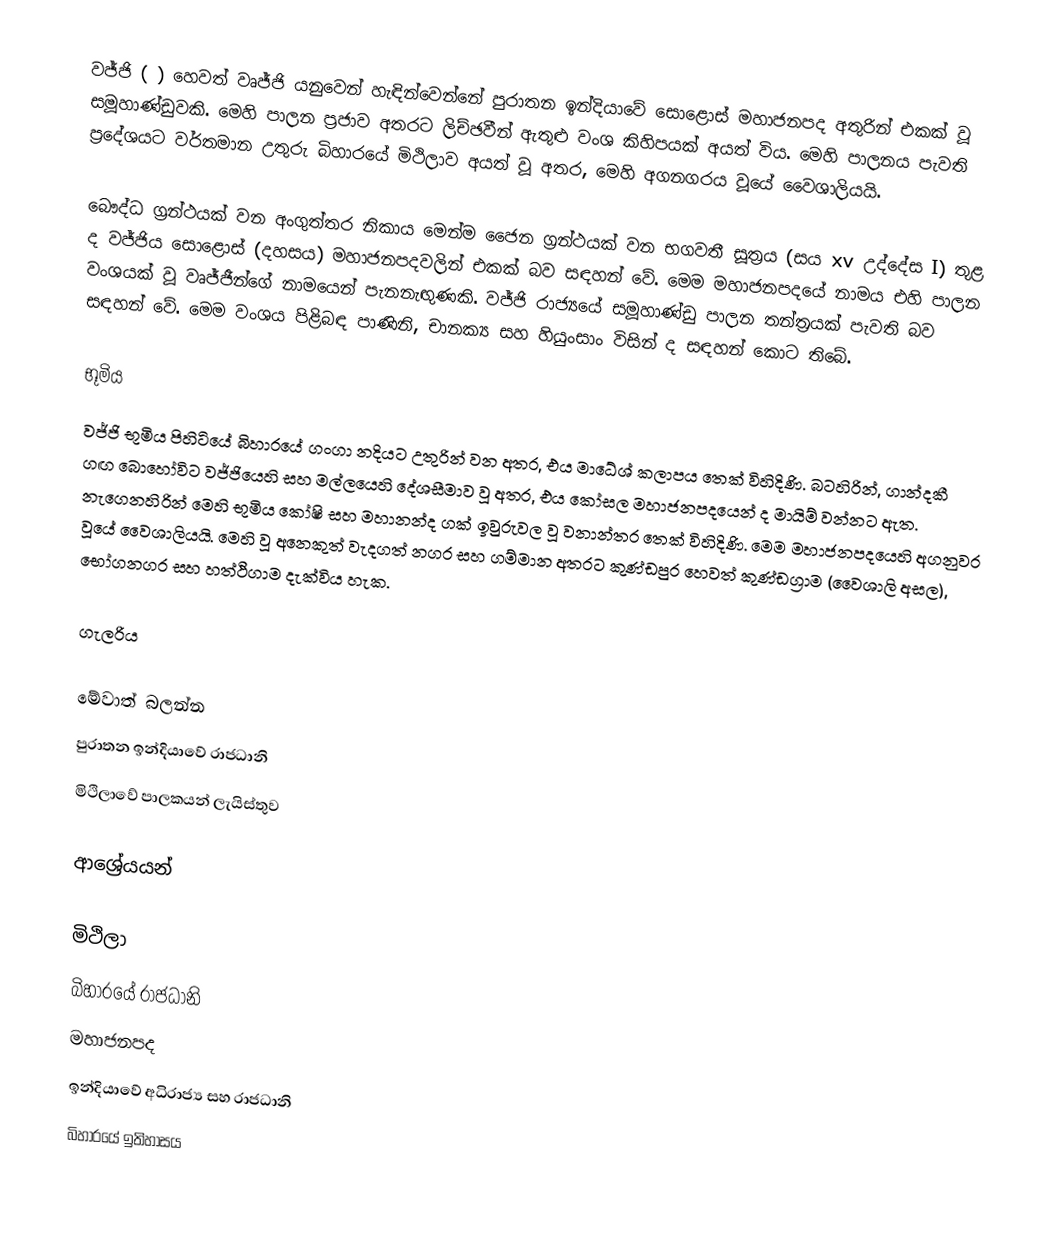
වජ්ජි  (  ) හෙවත් වෘජ්ජි යනුවෙන් හැඳින්වෙන්නේ පුරාතන ඉන්දියාවේ සොළොස් මහාජනපද අතුරින් එකක් වූ සමූහාණ්ඩුවකි. මෙහි පාලන ප්‍රජාව අතරට ලිච්ඡවීන් ඇතුළු වංශ කිහිපයක් අයත් විය. මෙහි පාලනය පැවති ප්‍රදේශයට වර්තමාන උතුරු බිහාරයේ මිථිලාව අයත් වූ අතර, මෙහි අගනගරය වූයේ වෛශාලියයි.

බෞද්ධ ග්‍රන්ථයක් වන අංගුත්තර නිකාය මෙන්ම ජෛන ග්‍රන්ථයක් වන භගවතී සූත්‍රය (සය xv උද්දේස I) තුළ ද වජ්ජිය සොළොස් (දහසය) මහාජනපදවලින් එකක් බව සඳහන් වේ. මෙම මහාජනපදයේ නාමය එහි පාලන වංශයක් වූ වෘජ්ජීන්ගේ නාමයෙන් පැනනැඟුණකි. වජ්ජි රාජ්‍යයේ සමූහාණ්ඩු පාලන තන්ත්‍රයක් පැවති බව සඳහන් වේ. මෙම වංශය පිළිබඳ පාණිනි, චානක්‍ය සහ හියුංසාං විසින් ද සඳහන් කොට තිබේ.

භූමිය
වජ්ජි භූමිය පිහිටියේ බිහාරයේ ගංගා නදියට උතුරින් වන අතර, එය මාධේශ් කලාපය තෙක් විහිදිණි. බටහිරින්, ගාන්දකී ගඟ බොහෝවිට වජ්ජියෙහි සහ මල්ලයෙහි දේශසීමාව වූ අතර, එය කෝසල මහාජනපදයෙන් ද මායිම් වන්නට ඇත. නැගෙනහිරින් මෙහි භූමිය කෝෂි සහ මහානන්ද ගක් ඉවුරුවල වූ වනාන්තර තෙක් විහිදිණි. මෙම මහාජනපදයෙහි අගනුවර වූයේ වෛශාලියයි. මෙහි වූ අනෙකුත් වැදගත් නගර සහ ගම්මාන අතරට කුණ්ඩපුර හෙවත් කුණ්ඩග්‍රාම (වෛශාලි අසල), භෝගනගර සහ හත්ථිගාම දැක්විය හැක.

ගැලරිය

මේවාත් බලන්න
 පුරාතන ඉන්දියාවේ ‍රාජධානි
 මිථිලාවේ පාලකයන් ලැයිස්තුව

ආශ්‍රේයයන්

මිථිලා
බිහාරයේ රාජධානි
මහාජනපද
ඉන්දියාවේ අධිරාජ්‍ය සහ රාජධානි
බිහාරයේ ඉතිහාසය